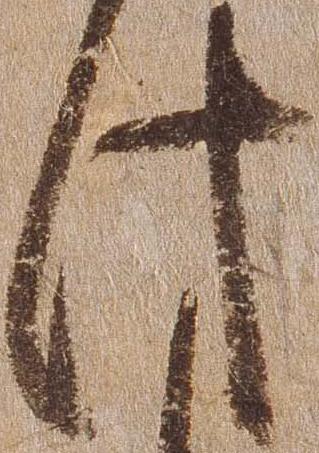
此